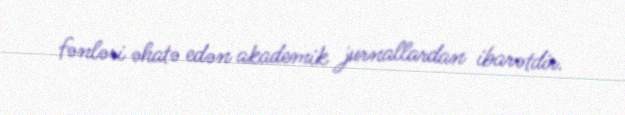
fənləri əhatə edən akademik jurnallardan ibarətdir.